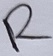
Text: R